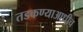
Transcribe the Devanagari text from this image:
तडकण्याआधीच